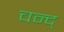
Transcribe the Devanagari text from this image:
चन्द्